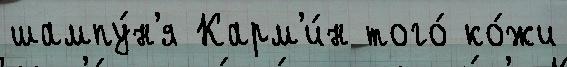
шампу́н'я Карм'и́н того́ ко́жи